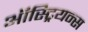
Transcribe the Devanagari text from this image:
ऑस्ट्रियन्स